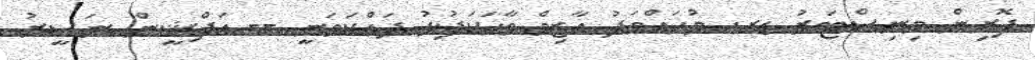
ފޮރިން މިނިސްޓަރު ޑރ. މުހައްމަދު އާޒިމް ވާހަކަފުޅު ދައްކަވަނީ -- އަފްޝީން ނަސީރު